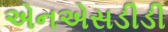
એનએસડીડી